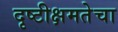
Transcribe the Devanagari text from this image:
दृष्टीक्षमतेचा